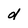
Character: d